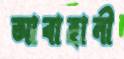
আবাহানী